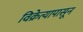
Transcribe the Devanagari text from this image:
विक्रेत्यापासून